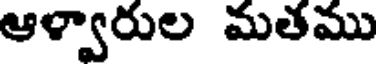
ఆళ్వారుల మతము